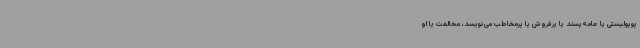
پوپولیستی یا عامه‌پسند یا پرفروش یا پرمخاطب می‌نویسد، مخالفت یا او